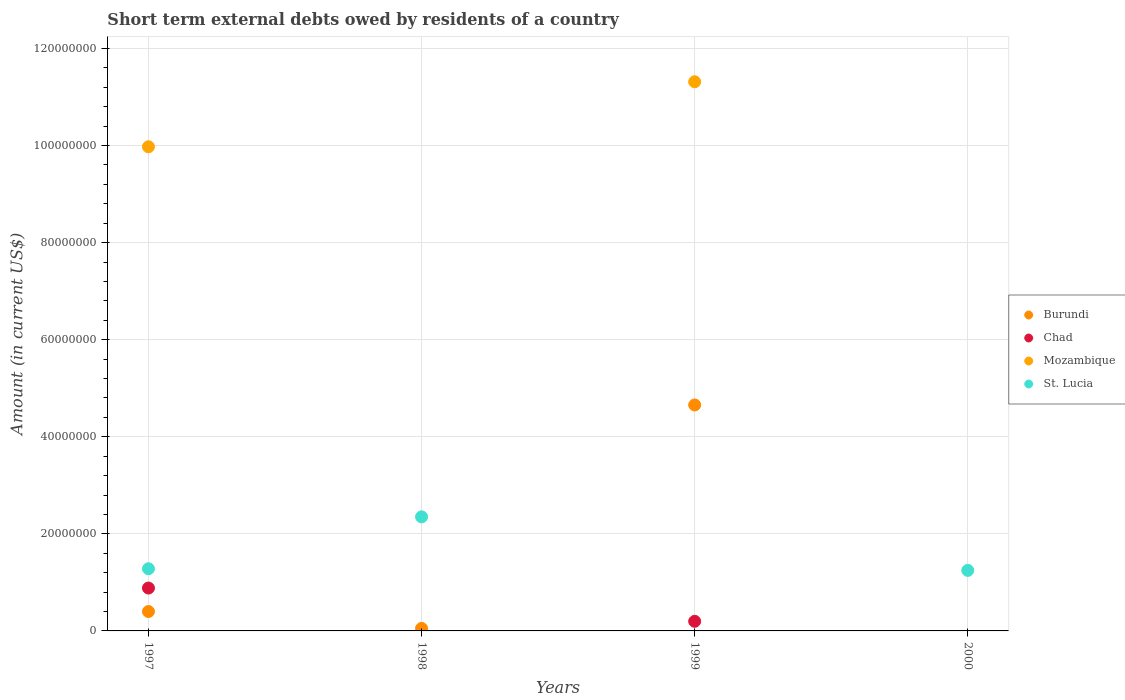
| Years | Burundi | Chad | Mozambique | St. Lucia |
 | --- | --- | --- | --- | --- |
 | 1997 | 4e+06 | 8.83e+06 | 9.97e+07 | 1.28e+07 |
 | 1998 | 5.2e+05 | -4.53e+06 | -2.06e+06 | 2.35e+07 |
 | 1999 | 4.66e+07 | 1.98e+06 | 1.13e+08 | -1.2e+06 |
 | 2000 | -8.94e+06 | -1.72e+06 | -7.31e+07 | 1.25e+07 |